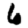
Digit: 6